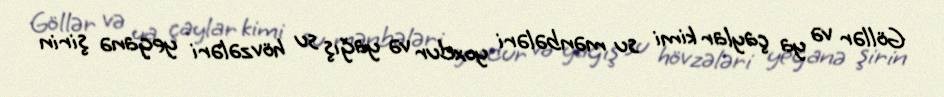
Göllər və ya çaylar kimi su mənbələri yoxdur və yağış su hövzələri yeganə şirin